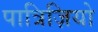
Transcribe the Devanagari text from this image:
पात्रिज़ियो